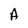
Character: A